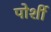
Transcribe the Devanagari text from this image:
पोर्शी